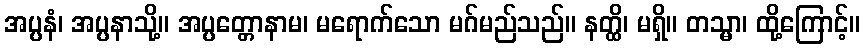
အပ္ပနံ၊ အပ္ပနာသို့။ အပ္ပတ္တောနာမ၊ မရောက်သော မဂ်မည်သည်။ နတ္ထိ၊ မရှိ။ တသ္မာ၊ ထို့ကြောင့်။